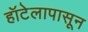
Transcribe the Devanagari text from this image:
हॉटेलापासून